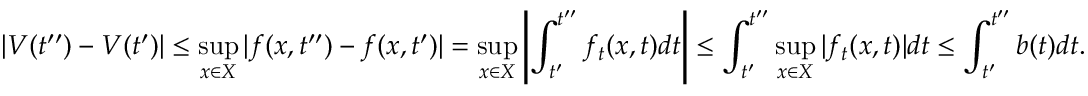
| V ( t ^ { \prime \prime } ) - V ( t ^ { \prime } ) | \leq \operatorname* { s u p } _ { x \in X } | f ( x , t ^ { \prime \prime } ) - f ( x , t ^ { \prime } ) | = \operatorname* { s u p } _ { x \in X } \left\vert \int _ { t ^ { \prime } } ^ { t ^ { \prime \prime } } f _ { t } ( x , t ) d t \right\vert \leq \int _ { t ^ { \prime } } ^ { t ^ { \prime \prime } } \operatorname* { s u p } _ { x \in X } | f _ { t } ( x , t ) | d t \leq \int _ { t ^ { \prime } } ^ { t ^ { \prime \prime } } b ( t ) d t .